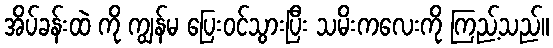
အိပ်ခန်းထဲ ကို ကျွန်မ ပြေးဝင်သွားပြီး သမိးကလေးကို ကြည့်သည်။